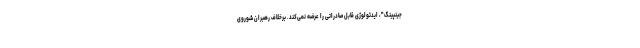
جینپینگ"، ایدئولوژی قابل صادراتی را عرضه نمی‌کند. برخلاف رهبران شوروی